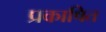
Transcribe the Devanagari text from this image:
प्रकाषित